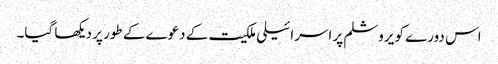
اس دورے کو یروشلم پر اسرائیلی ملکیت کے دعوے کے طور پر دیکھا گیا۔